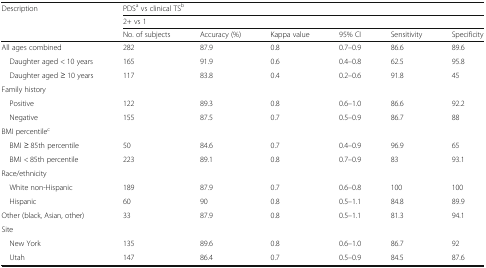
<table><thead><tr><td rowspan="3"><b>Description</b></td><td colspan="6"><b>PDS<sup>a</sup> vs clinical TS<sup>b</sup></b></td></tr><tr><td colspan="6"><b>2+ vs 1</b></td></tr><tr><td><b>No. of subjects</b></td><td><b>Accuracy (%)</b></td><td><b>Kappa value</b></td><td><b>95% CI</b></td><td><b>Sensitivity</b></td><td><b>Specificity</b></td></tr></thead><tbody><tr><td>All ages combined</td><td>282</td><td>87.9</td><td>0.8</td><td>0.7–0.9</td><td>86.6</td><td>89.6</td></tr><tr><td> Daughter aged &lt; 10 years</td><td>165</td><td>91.9</td><td>0.6</td><td>0.4–0.8</td><td>62.5</td><td>95.8</td></tr><tr><td> Daughter aged ≥ 10 years</td><td>117</td><td>83.8</td><td>0.4</td><td>0.2–0.6</td><td>91.8</td><td>45</td></tr><tr><td colspan="7">Family history</td></tr><tr><td> Positive</td><td>122</td><td>89.3</td><td>0.8</td><td>0.6–1.0</td><td>86.6</td><td>92.2</td></tr><tr><td> Negative</td><td>155</td><td>87.5</td><td>0.7</td><td>0.5–0.9</td><td>86.7</td><td>88</td></tr><tr><td colspan="7">BMI percentile<sup>c</sup></td></tr><tr><td> BMI ≥ 85th percentile</td><td>50</td><td>84.6</td><td>0.7</td><td>0.4–0.9</td><td>96.9</td><td>65</td></tr><tr><td> BMI &lt; 85th percentile</td><td>223</td><td>89.1</td><td>0.8</td><td>0.7–0.9</td><td>83</td><td>93.1</td></tr><tr><td colspan="7">Race/ethnicity</td></tr><tr><td> White non-Hispanic</td><td>189</td><td>87.9</td><td>0.7</td><td>0.6–0.8</td><td>100</td><td>100</td></tr><tr><td> Hispanic</td><td>60</td><td>90</td><td>0.8</td><td>0.5–1.1</td><td>84.8</td><td>89.9</td></tr><tr><td>Other (black, Asian, other)</td><td>33</td><td>87.9</td><td>0.8</td><td>0.5–1.1</td><td>81.3</td><td>94.1</td></tr><tr><td colspan="7">Site</td></tr><tr><td> New York</td><td>135</td><td>89.6</td><td>0.8</td><td>0.6–1.0</td><td>86.7</td><td>92</td></tr><tr><td> Utah</td><td>147</td><td>86.4</td><td>0.7</td><td>0.5–0.9</td><td>84.5</td><td>87.6</td></tr></tbody></table>